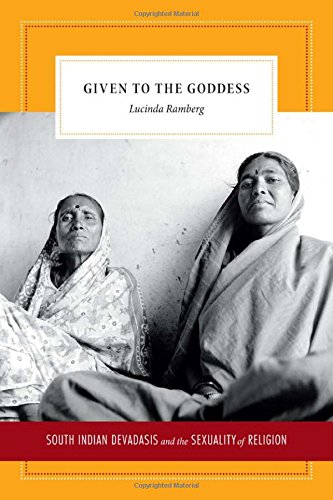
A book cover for Given to the Goddess: South Indian Devadasis and the Sexuality of Religion; Lucinda Ramberg; Religion & Spirituality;